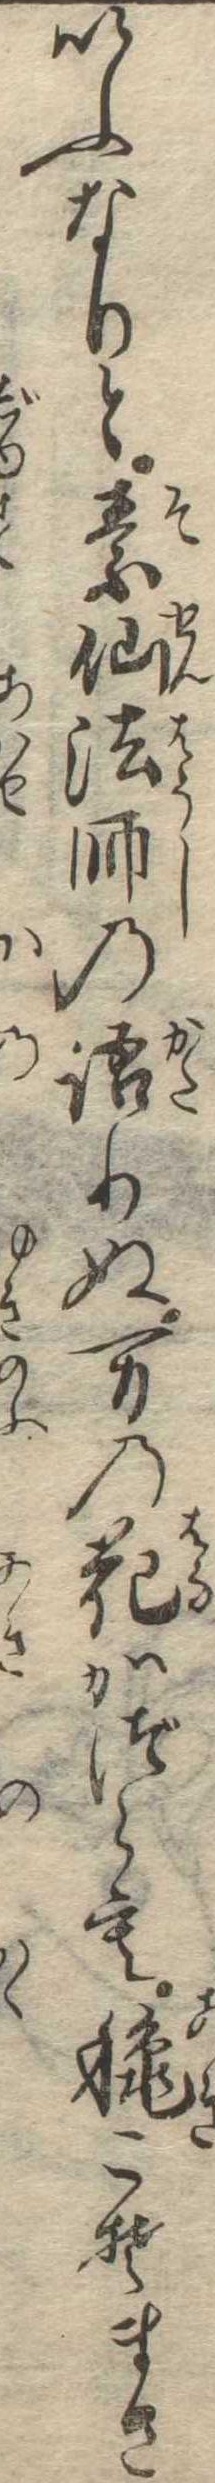
いふなりと素仙法師の語りぬ万の花かづらも秋こそまさ